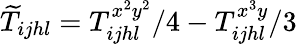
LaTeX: \widetilde{T}_{ijhl}=T_{ijhl}^{x^{2}y^{2}}/4-T_{ijhl}^{x^{3}y}/3